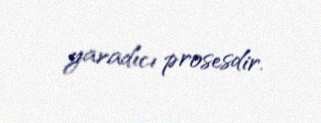
yaradıcı prosesdir.